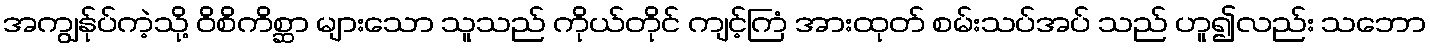
အကျွန်ုပ်ကဲ့သို့ ဝိစိကိစ္ဆာ များသော သူသည် ကိုယ်တိုင် ကျင့်ကြံ အားထုတ် စမ်းသပ်အပ် သည် ဟူ၍လည်း သဘော